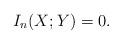
LaTeX: \begin{align*} I_n(X;Y)=0.\end{align*}